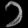
Digit: ၁